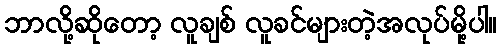
ဘာလို့ဆိုတော့ လူချစ် လူခင်များတဲ့အလုပ်မို့ပါ။